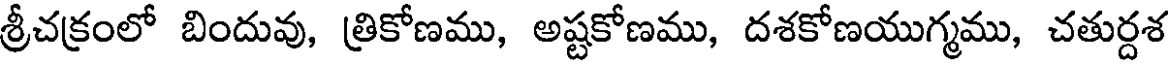
శ్రీచక్రంలో బిందువు, త్రికోణము, అష్టకోణము, దశకోణయుగ్మము, చతుర్దశ